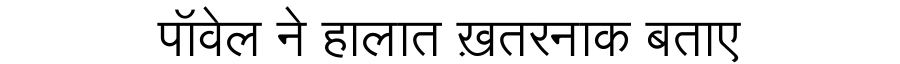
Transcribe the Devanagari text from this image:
पॉवेल ने हालात ख़तरनाक बताए